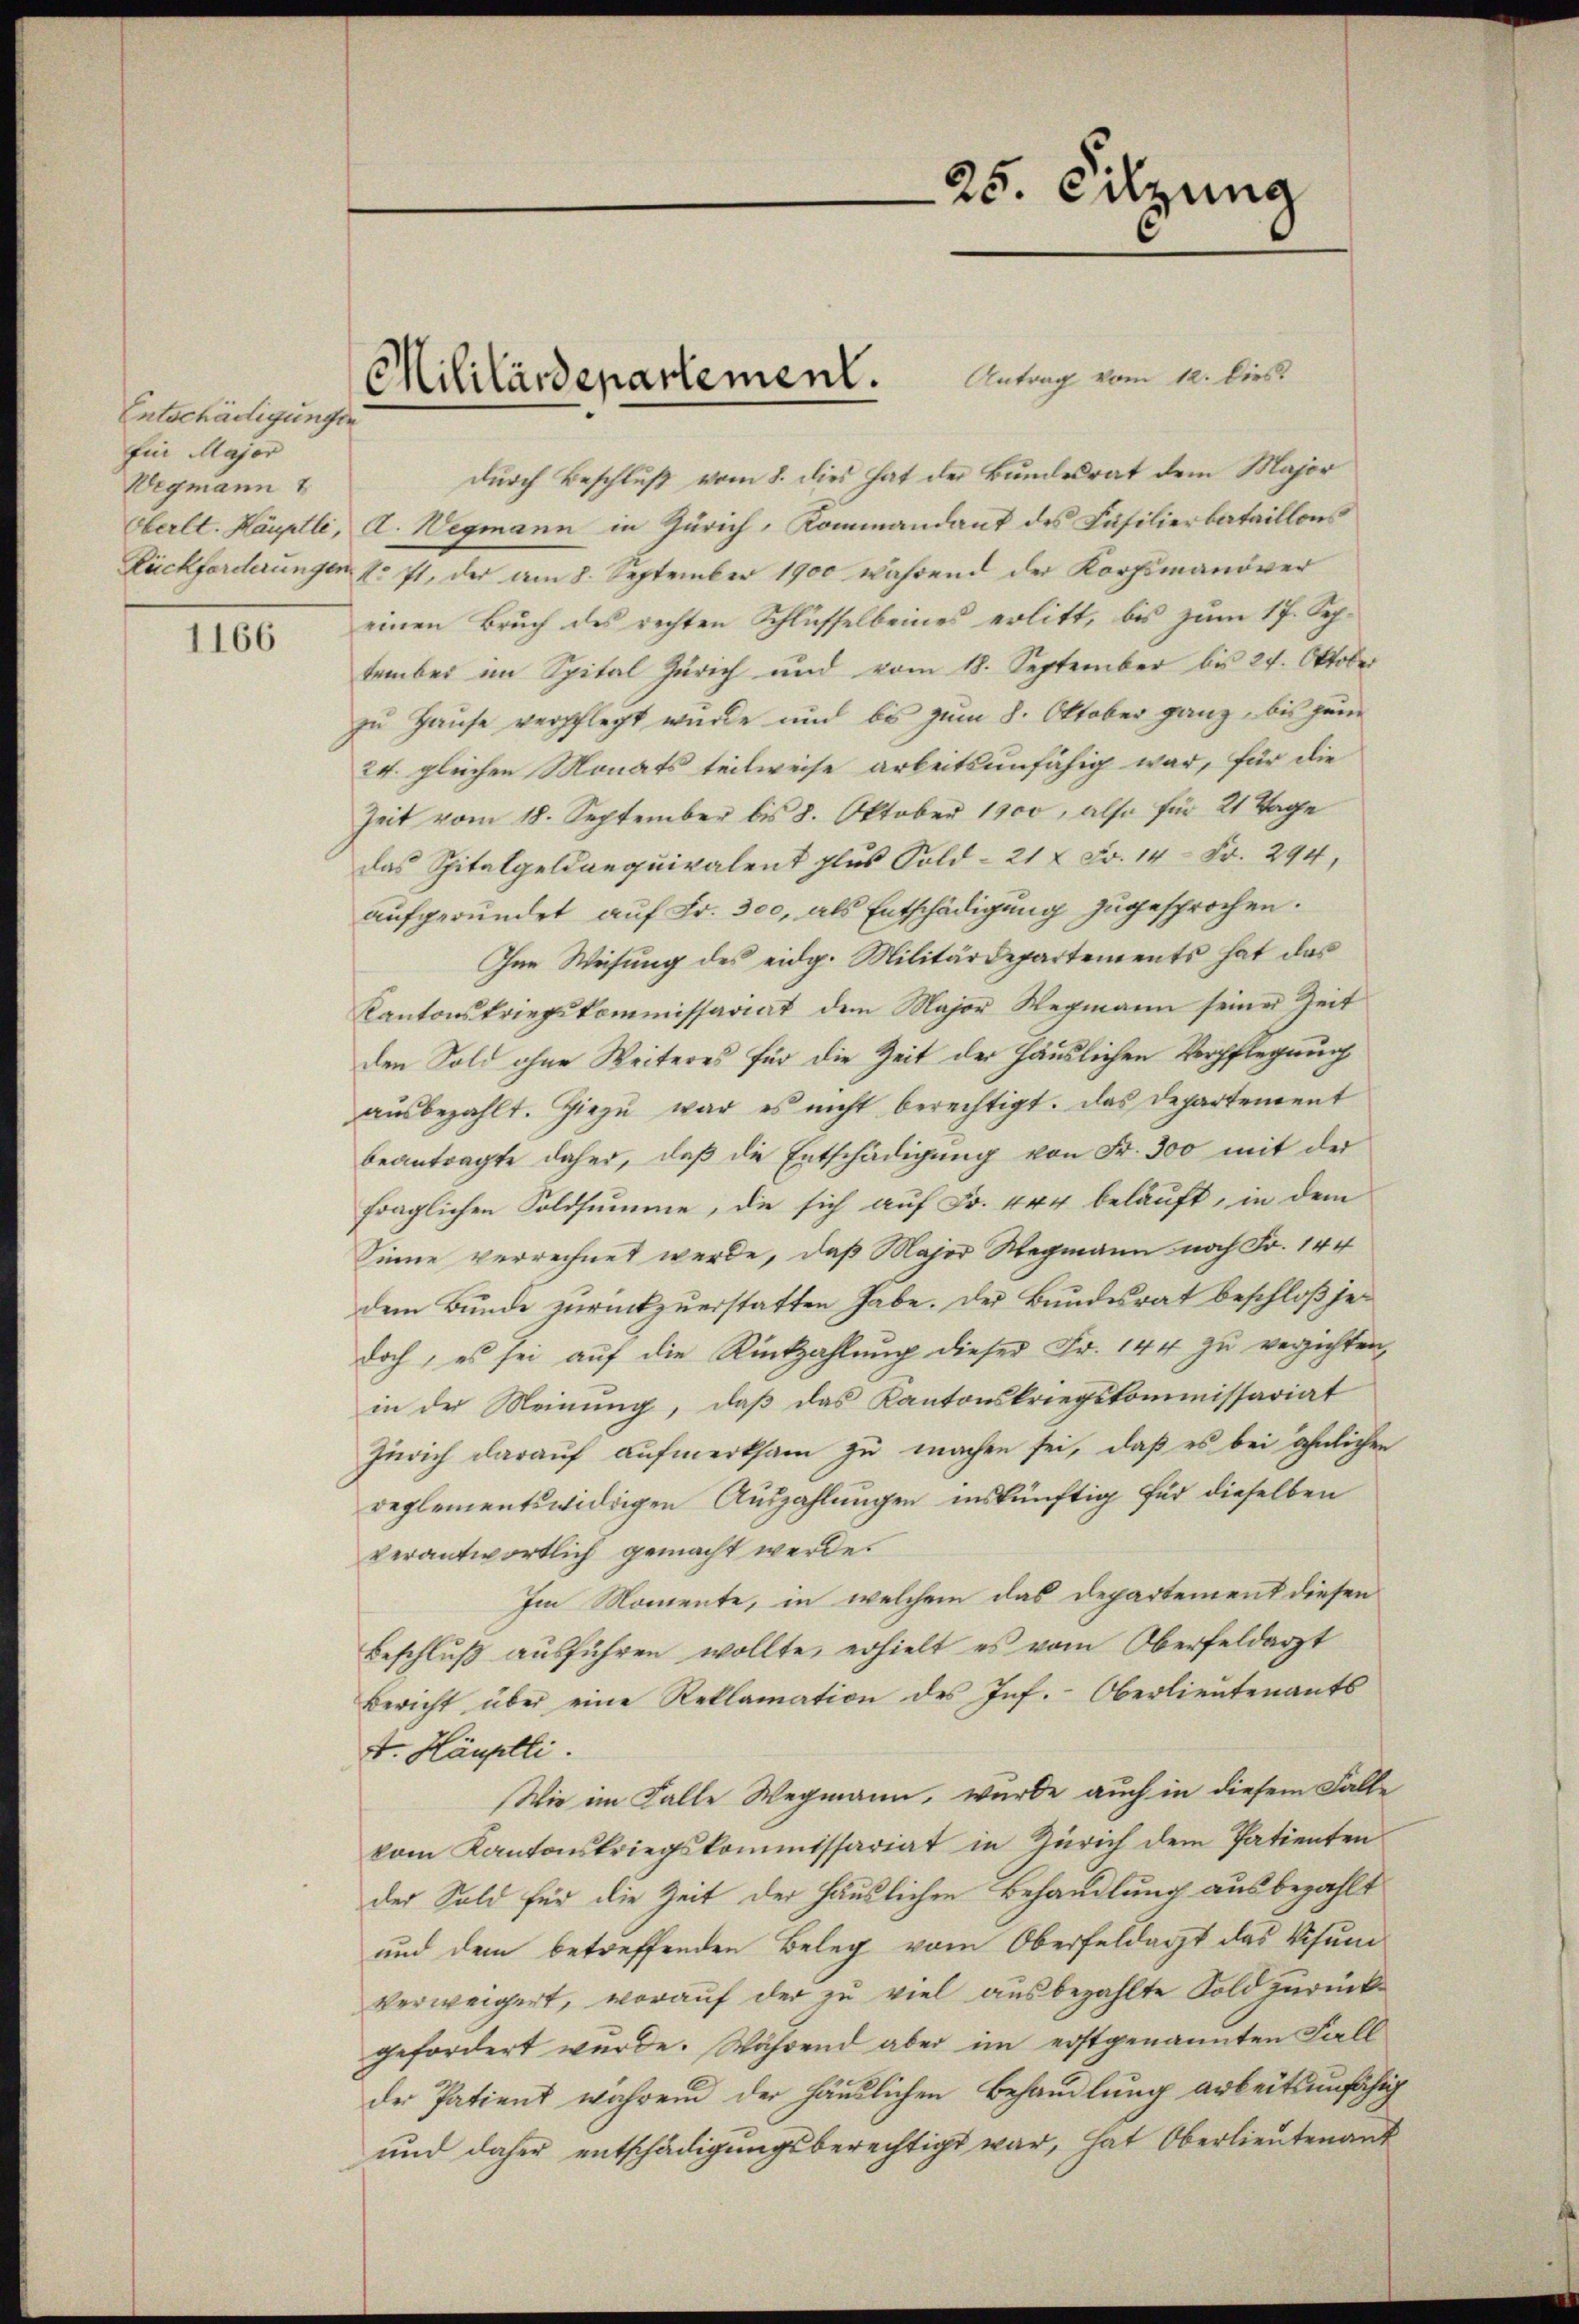
Entschädigungen
Ein Major
Wegmann
Oberlt. Häuptli,

1166

durch Beschluß vom 8. dies hat der Bundesrat dem Major
A. Wegmann in Zürich, Kommandant des Fäsilierbataillons
Rückforderungen u. 71, der am 8. September 1900 während der Korpsmanöver
einen Bruch des rechten Schlüsselbeines erlitt, bis zum 17. Sep.
tember im Spital Zürich und vom 18. September bis 24. Oktober
zu Hause verpflegt wurde und bis zum 8. Oktober ganz, bis jene
24. gleichen Monats teilweise arbeitsunfähig war, für die
Zeit vom 18. September bis 8. Oktober 1900, also für 21 Tage
das Spitalgeld aequivalent plus Gold- 21 x Fr. 14 Fr. 294,
aufgeründet auf Fr. 300, als Entschädigung zugesprochen.
Ine Weisung des eidg. Militärdepartements hat das
Kantonskriegskommissariat dem Major Wegmann seiner Zeit
den Sold ohne Weiteres für die Zeit der Häuslichen Verpflegung
ausbezahlt. Hiezu war es nicht berechtigt. Das Departement
beantragte daher, daß die Entschädigung von Fr. 300 mit der
fraglichen Soldsumme, die sich auf Fr. 444 belauft, in dem
Sinne verrechnet werde, daß Major Wegmann noch Fr. 144
dem Bunde zurückzuerstatten habe. Der Bundesrat beschloß jedoch, es sei auf die Rückzahlung dieser Fr. 144 zu verzichten,
in der Meinung, daß das Kantonskriegskommissariat
Zürich darauf aufmerksam zu machen sei, daß es bei ähnlichen
reglementswidrigen Auszahlungen inskünftig für dieselben
verantwortlich gemacht werde.
Im Momente, in welchem das Departement diesen
Beschluß ausführen wollte, erhielt es vom Oberfeldarzt
Bericht über eine Reklamation des Inf. Oberlieutenants
4. Häuptli.
Wie im Falle Wegmann, wurde auch in diesem Falle
vom Kantonskriegskommissariat in Zürich dem Patienten
der Sold für die Zeit der Häuslichen Behandlung ausbezahlt
und dem betreffenden Beleg vom Oberfeldarzt das Visum
verweigert, worauf der zu viel ausbezahlte Sold zurück
gefordert wurde. Während aber im erstgenannten Fall
der Patient während der häuslichen Behandlung arbeitsunfähig
und daher entschädigungsberechtigt war, hat Oberlieutenant

Militärdepartement. Antrag vom 12. lies

25. Sitzung